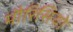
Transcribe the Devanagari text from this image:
मौरिसियो